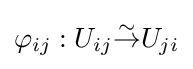
\varphi _{ij}:U_{ij}{\overset {\sim }{\to }}U_{ji}